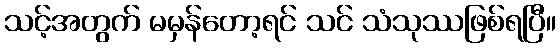
သင့်အတွက် မမှန်တော့ရင် သင် သံသုဿဖြစ်ရပြီ။